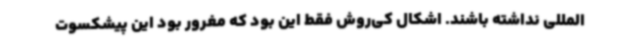
المللی نداشته باشند. اشکال کی‌روش فقط این بود که مغرور بود این پیشکسوت